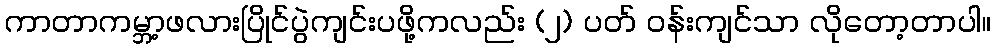
ကာတာကမ္ဘာ့ဖလားပြိုင်ပွဲကျင်းပဖို့ကလည်း (၂) ပတ် ဝန်းကျင်သာ လိုတော့တာပါ။